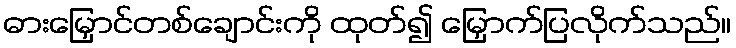
ဓားမြှောင်တစ်ချောင်းကို ထုတ်၍ မြှောက်ပြလိုက်သည်။